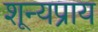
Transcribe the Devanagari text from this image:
शून्यप्राय